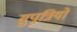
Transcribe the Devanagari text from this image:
सुपुत्रियों